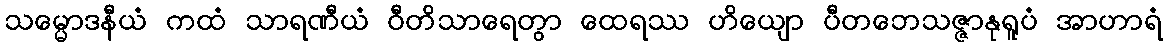
သမ္မောဒနီယံ ကထံ သာရဏီယံ ဝီတိသာရေတွာ ထေရဿ ဟိယျော ပီတဘေသဇ္ဇာနုရူပံ အာဟာရံ